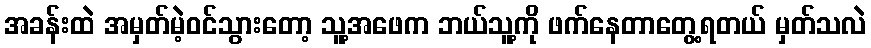
အခန်းထဲ အမှတ်မဲ့ဝင်သွားတော့ သူ့အဖေက ဘယ်သူ့ကို ဖက်နေတာတွေ့ရတယ် မှတ်သလဲ